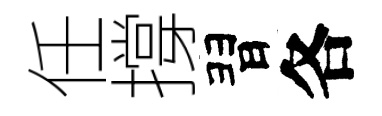
任撐習各